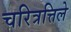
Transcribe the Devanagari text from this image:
चरित्रत्तिले